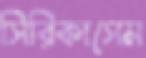
সিরিকাসেম